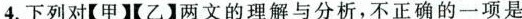
4.下列对【甲【乙】两文的理解与分析，不正确的一项是